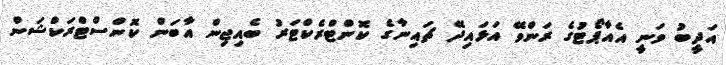
އަދީބު ވަނީ އެއާޕޯޓުގެ ރަންވޭ އަޅައިދޭ ޗައިނާގެ ކޮންޓްރެކްޓަރު ބެއިޖިން އާބަން ކޮންސްޓްރަކްޝަން